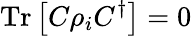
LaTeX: {\mathrm{Tr}}\left[C\rho_{i}C^{\dagger}\right]=0